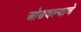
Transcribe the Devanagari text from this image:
ओढवल्याचे